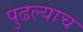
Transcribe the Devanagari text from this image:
पुढल्याच